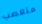
متعصب